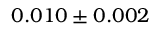
0 . 0 1 0 \pm 0 . 0 0 2